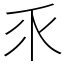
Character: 乑